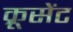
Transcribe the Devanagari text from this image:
क्रूसेंट